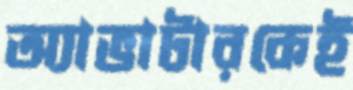
অ্যাভাটারকেই